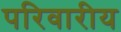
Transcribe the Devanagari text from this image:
परिवारीय